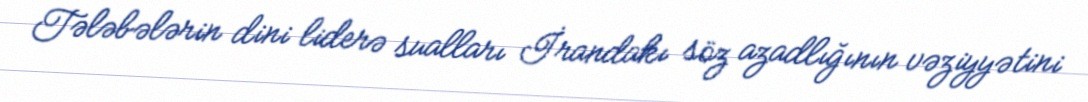
Tələbələrin dini liderə sualları İrandakı söz azadlığının vəziyyətini